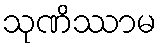
သုဏိဿာမ